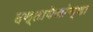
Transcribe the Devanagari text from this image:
दस्तावेजांच्या